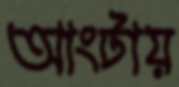
আংটায়